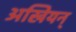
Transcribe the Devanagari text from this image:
अखियन्